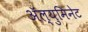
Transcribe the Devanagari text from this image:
ॲल्युमिनेट